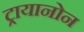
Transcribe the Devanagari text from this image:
ट्रायानोन